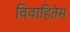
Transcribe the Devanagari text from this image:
विवाहितेस